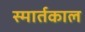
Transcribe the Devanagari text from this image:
स्मार्तकाल